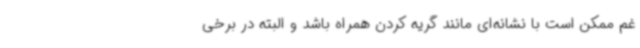
غم ممکن است با نشانه‌ای مانند گریه کردن همراه باشد و البته در برخی